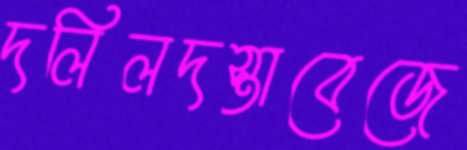
দলিলদস্তাবেজে